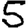
Digit: 5